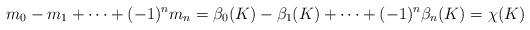
LaTeX: \begin{gather*}m_0 - m_1 + \cdots +(-1)^n m_n = \beta_0(K) - \beta_1(K) + \cdots +(-1)^n \beta_n(K) = \chi(K)\end{gather*}